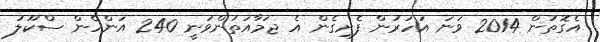
އެގޮތުން 2014 ވަނަ އަހަރުން ފެށިގެން އެ ޖަމާއަތުންވަނީ 240 އަންހެން ސްކޫލު